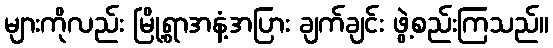
များကိုလည်း မြို့ရွာအနံ့အပြား ချက်ချင်း ဖွဲ့စည်းကြသည်။